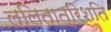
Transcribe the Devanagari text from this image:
ललितात्रिशति